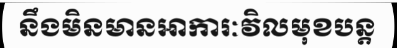
នឹងមិនមានអាការៈវិលមុខបន្ត